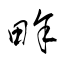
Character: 畭